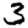
Digit: 3